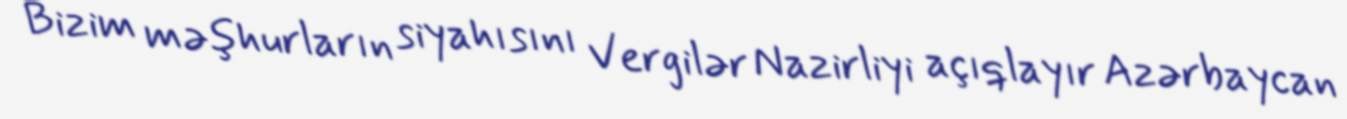
Bizim məşhurların siyahısını Vergilər Nazirliyi açıqlayır Azərbaycan